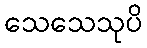
သေသေသုပိ